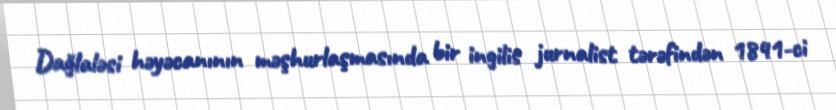
Dağlaləsi həyəcanının məşhurlaşmasında bir ingilis jurnalist tərəfindən 1841-ci